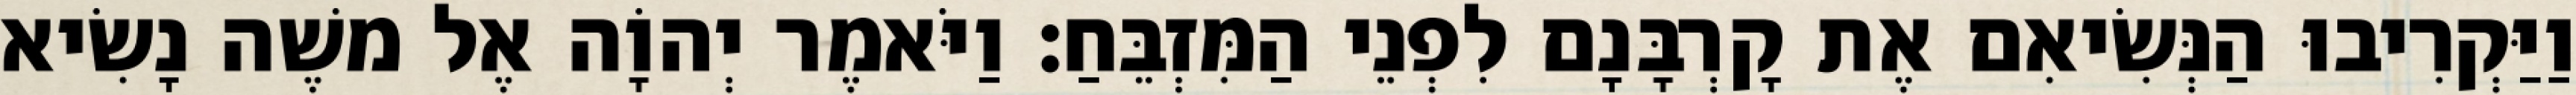
וַיַּקְרִיבוּ הַנְּשִׂיאִם אֶת קָרְבָּנָם לִפְנֵי הַמִּזְבֵּחַ׃ וַיֹּאמֶר יְהוָֹה אֶל משֶׁה נָשִׂיא